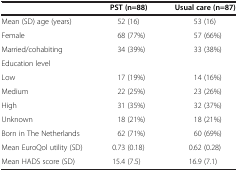
<table><thead><tr><td><b> </b></td><td><b>PST (n=88)</b></td><td><b>Usual care (n=87)</b></td></tr></thead><tbody><tr><td>Mean (SD) age (years)</td><td>52 (16)</td><td>53 (16)</td></tr><tr><td>Female</td><td>68 (77%)</td><td>57 (66%)</td></tr><tr><td>Married/cohabiting</td><td>34 (39%)</td><td>33 (38%)</td></tr><tr><td>Education level</td><td> </td><td> </td></tr><tr><td>Low</td><td>17 (19%)</td><td>14 (16%)</td></tr><tr><td>Medium</td><td>22 (25%)</td><td>23 (26%)</td></tr><tr><td>High</td><td>31 (35%)</td><td>32 (37%)</td></tr><tr><td>Unknown</td><td>18 (21%)</td><td>18 (21%)</td></tr><tr><td>Born in The Netherlands</td><td>62 (71%)</td><td>60 (69%)</td></tr><tr><td>Mean EuroQol utility (SD)</td><td>0.73 (0.18)</td><td>0.62 (0.28)</td></tr><tr><td>Mean HADS score (SD)</td><td>15.4 (7.5)</td><td>16.9 (7.1)</td></tr></tbody></table>